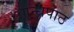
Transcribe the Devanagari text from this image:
आन्ध्रपाठ